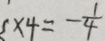
\times 4 = - \frac { 1 } { 4 }